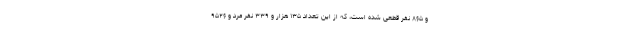
و ۸۶۵ نفر قطعی شده است، که از این تعداد ۱۳۵ هزار و ۳۳۹ نفر مرد و ۹۵۲۶